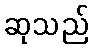
ဆုသည်